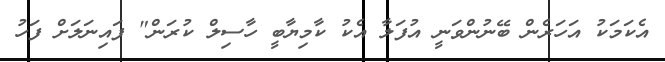
އެކަމަކު އަހަރެން ބޭނުންވަނީ އުފަލާ އެކު ކާމިޔާބީ ހާސިލް ކުރަން" ފައިނަލަށް ފަހު